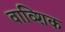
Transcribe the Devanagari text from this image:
वाव्शिक